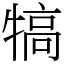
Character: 犒